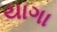
યાગા